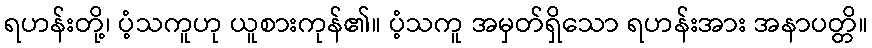
ရဟန်းတို့၊ ပံ့သကူဟု ယူစားကုန်၏။ ပံ့သကူ အမှတ်ရှိသော ရဟန်းအား အနာပတ္တိ။